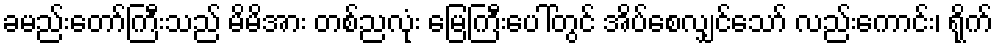
ခမည်းတော်ကြီးသည် မိမိအား တစ်ညလုံး မြေကြီးပေါ်တွင် အိပ်စေလျှင်သော် လည်းကောင်း၊ ရိုက်